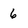
Character: 6